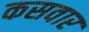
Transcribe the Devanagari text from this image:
कसवार